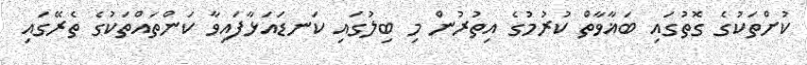
ކުށްތަކުގެ ގޮތުގައި ބަޣާވާތް ކުރުމުގެ އިތުރުން މި ބިލުގައި ކަނޑައަޅާފައިވާ ކަންތައްތަކުގެ ތެރޭގައި